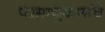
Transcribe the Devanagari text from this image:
परमाणुकणांचे